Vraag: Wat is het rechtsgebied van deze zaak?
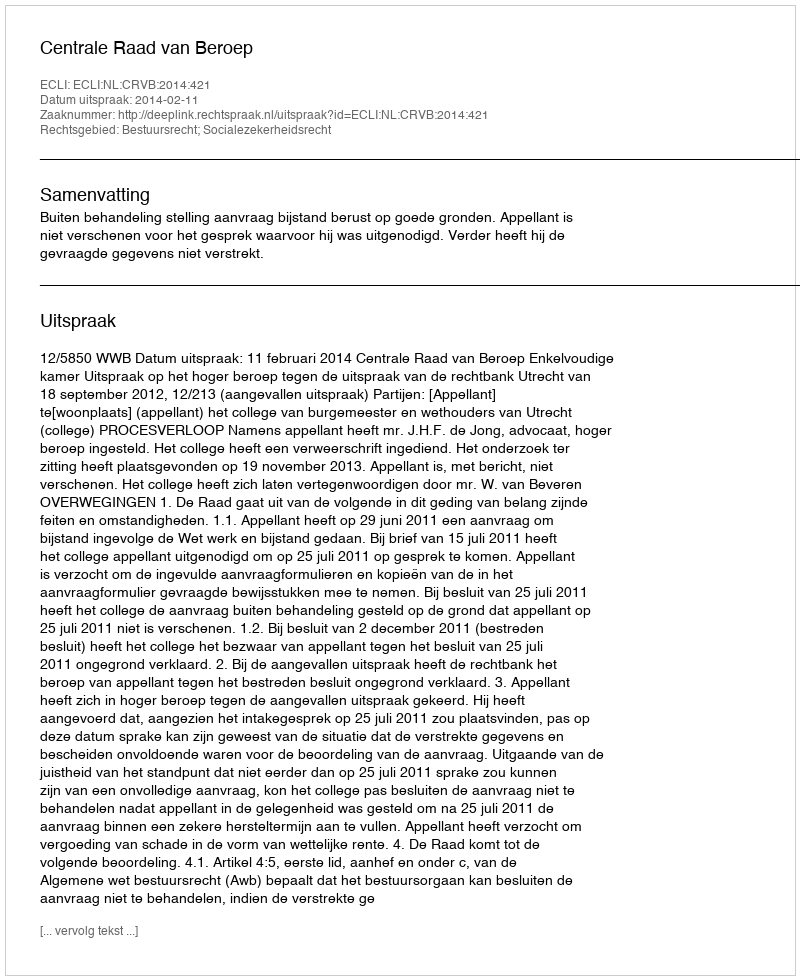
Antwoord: Bestuursrecht; Socialezekerheidsrecht